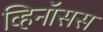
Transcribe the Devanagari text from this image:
व्हिनॉसस